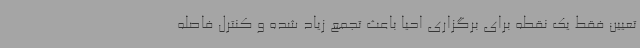
تعیین فقط یک نقطه برای برگزاری احیا باعث تجمع زیاد شده و کنترل فاصله